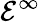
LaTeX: {\mathcal{E}}^{\infty}